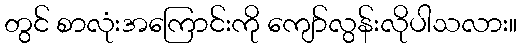
တွင် စာလုံးအကြောင်းကို ကျော်လွန်းလိုပါသလား။